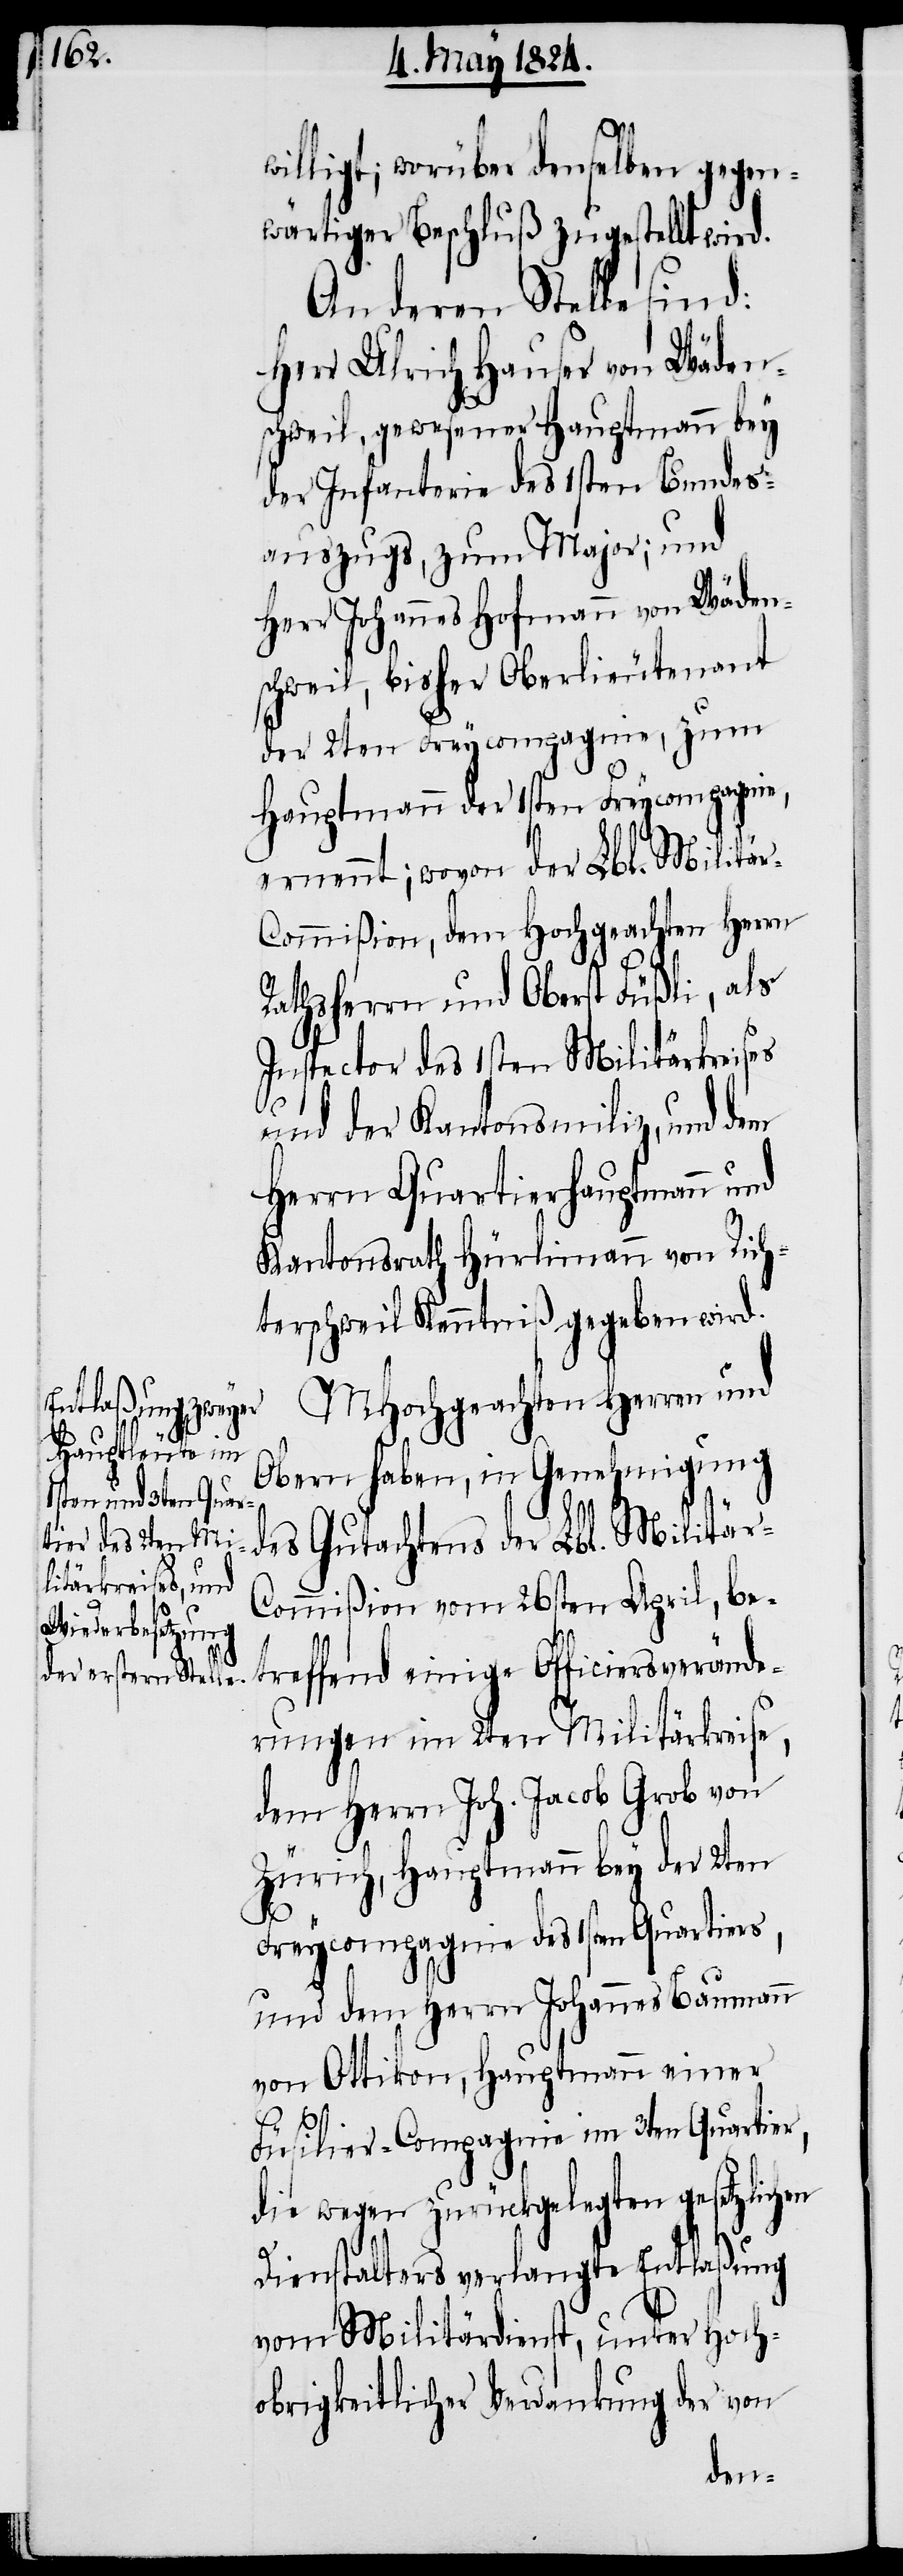
willigt; worüber denselben gegen¬
wärtiger Beschluß zugestellt wird.
An deren Stelle sind:
Herr Ulrich Hauser von Wäden¬
schweil, gewesener Hauptmann bey
der Infanterie des 1sten Bundes¬
auszugs, zum Major; und
Herr Johannes Hofmann von Wäden¬
schweil, bisher Oberlieutenant
der 2ten Freycompagnie, zum
Hauptmann der 1sten Freycompagnie,
ernennt; wovon der Lbl. Militä¬
r-Commißion, dem Hochgeachten Herrn
Rathsherrn und Oberst Füßli, als
Inspector des 1sten Militärkreises
und der Kantonsmiliz, und dem
Herrn Quartierhauptmann und
Kantonsrath Hürlimann von Rich¬
terschweil Kenntniß gegeben wird.
MHochgeachten Herren und
Obern haben, in Genehmigung
des Gutachtens der Lbl. Militär-C¬
ommißion vom 26sten April, be¬
treffend einige Officiersverände¬
rungen im 2ten Militärkreise,
dem Herrn Joh. Jacob Grob von
Zürich, Hauptmann bey der 2ten
Freycompagnie des 1sten Quartiers,
und dem Herrn Johannes Baumann
von Ottikon, Hauptmann einer
Füsilier-Compagnie im 3ten Quartier,
die wegen zurückgelegten gesetzlichen
Dienstalters verlangte Entlaßung
vom Militärdienst, unter Hoch¬
obrigkeitlicher Verdankung der von